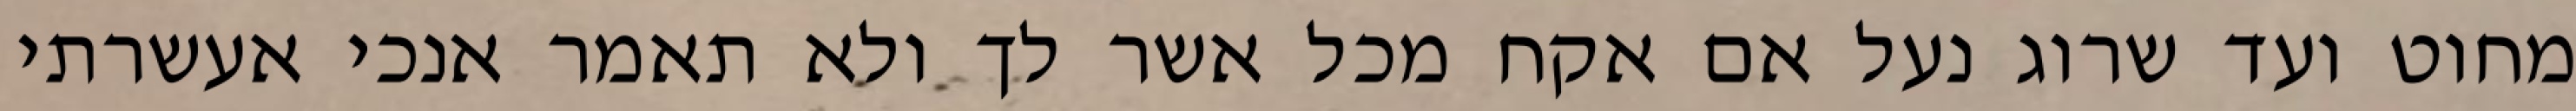
מחוט ועד שרוג נעל אם אקח מכל אשר לך ולא תאמר אנכי אעשרתי